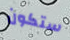
ستكون